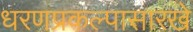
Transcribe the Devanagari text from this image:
धरणप्रकल्पासारखे